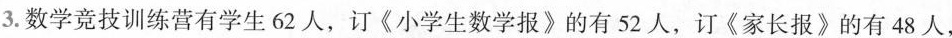
3.数学竞技训练营有学生62人，订《小学生数学报》的有52人，订《家长报》的有48人，